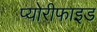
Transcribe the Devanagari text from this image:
प्योरीफाइड